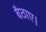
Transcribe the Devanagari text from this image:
बैठाए।